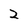
Character: 2